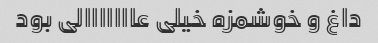
داغ و خوشمزه خیلی عااااااالی بود